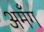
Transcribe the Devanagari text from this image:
अमँग